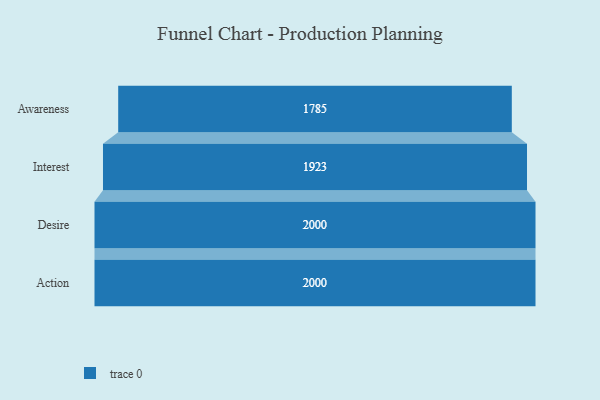
{"axis": {"x": "Stage", "y": "Value"}, "legend": [""], "data": [{"x": "Awareness", "y": 1785.0, "type": ""}, {"x": "Interest", "y": 1923.0, "type": ""}, {"x": "Desire", "y": 2000, "type": ""}, {"x": "Action", "y": 2000, "type": ""}]}